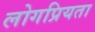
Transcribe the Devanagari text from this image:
लोगप्रियता